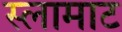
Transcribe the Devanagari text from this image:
स्लामाट